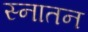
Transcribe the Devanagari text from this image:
स्नातन